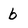
Character: b